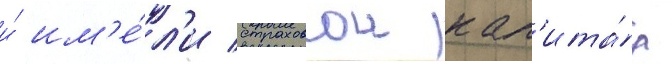
и́ им'е́л'и страховои кап'ита́л